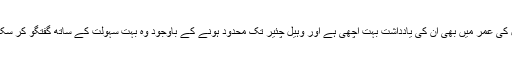
۹۴ سال کی عمر میں بھی ان کی یادداشت بہت اچھی ہے اور وہیل چئیر تک محدود ہونے کے باوجود وہ بہت سہولت کے ساتھ گفتگو کر سکتے ہیں۔